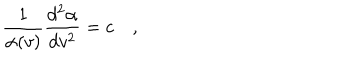
\frac { 1 } { \alpha ( v ) } \frac { d ^ { 2 } \alpha } { d v ^ { 2 } } = c \quad ,